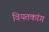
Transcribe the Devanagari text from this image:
वियतकांग